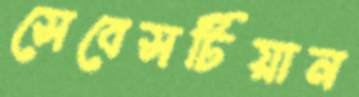
সেবেসটিয়ান